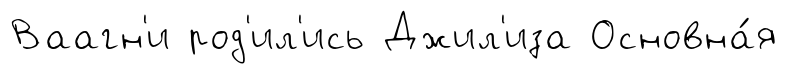
Ваагн'и род'ил'ись Джил'иза Основна́я